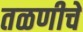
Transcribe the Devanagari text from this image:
तळणीचे